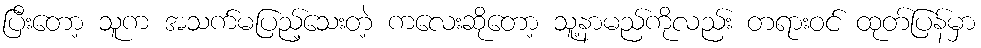
ပြီးတော့ သူက အသက်မပြည့်သေးတဲ့ ကလေးဆိုတော့ သူ့နာမည်ကိုလည်း တရားဝင် ထုတ်ပြန်မှာ